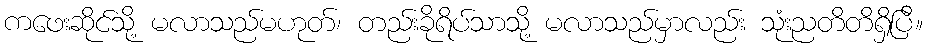
ကဖေးဆိုင်သို့ မလာသည်မဟုတ်၊ တည်းခိုရိပ်သာသို့ မလာသည်မှာလည်း သုံးညတိတိရှိပြီ။